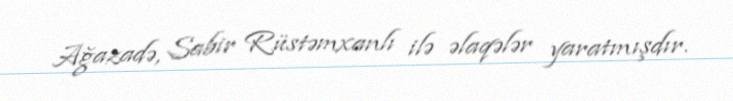
Ağazadə, Sabir Rüstəmxanlı ilə əlaqələr yaratmışdır.